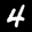
Label: 4